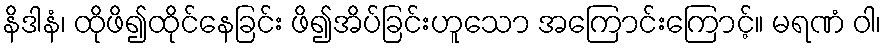
နိဒါနံ၊ ထိုဖိ၍ထိုင်နေခြင်း ဖိ၍အိပ်ခြင်းဟူသော အကြောင်းကြောင့်။ မရဏံ ဝါ၊